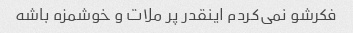
فکرشو نمی‌کردم اینقدر پر ملات و خوشمزه باشه